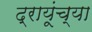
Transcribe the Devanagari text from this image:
द्रायूंच्या